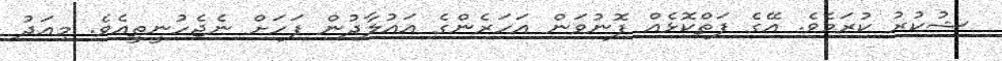
ޝުކުރު ކުރަމެވެ. އޭގެ ފަތްކޮޅެއް ފޮނުވަން އަހަރެންގެ އައުލާދުން ފަހަށް ނެޖެހުނީތީއެވެ. މިއަދު